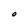
Character: O